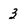
Character: 3